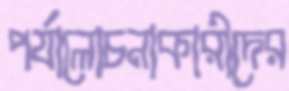
পর্যালোচনাকারীদের